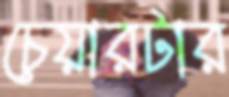
চেয়ারটার